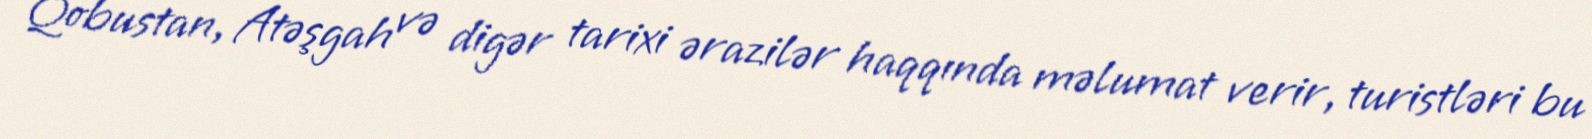
Qobustan, Atəşgah və digər tarixi ərazilər haqqında məlumat verir, turistləri bu